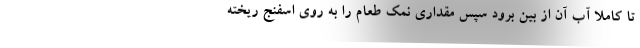
تا کاملا آب آن از بین برود سپس مقداری نمک طعام را به روی اسفنج ریخته